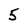
Character: 5